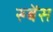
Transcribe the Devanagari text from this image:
रुबेंस